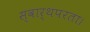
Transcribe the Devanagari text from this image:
स्वार्थपरता।